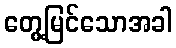
တွေ့မြင်သောအခါ